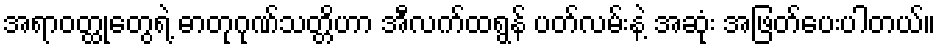
အရာဝတ္ထုတွေရဲ့ ဓာတုဂုဏ်သတ္တိဟာ အီလက်ထရွန် ပတ်လမ်းနဲ့ အဆုံး အဖြတ်ပေးပါတယ်။